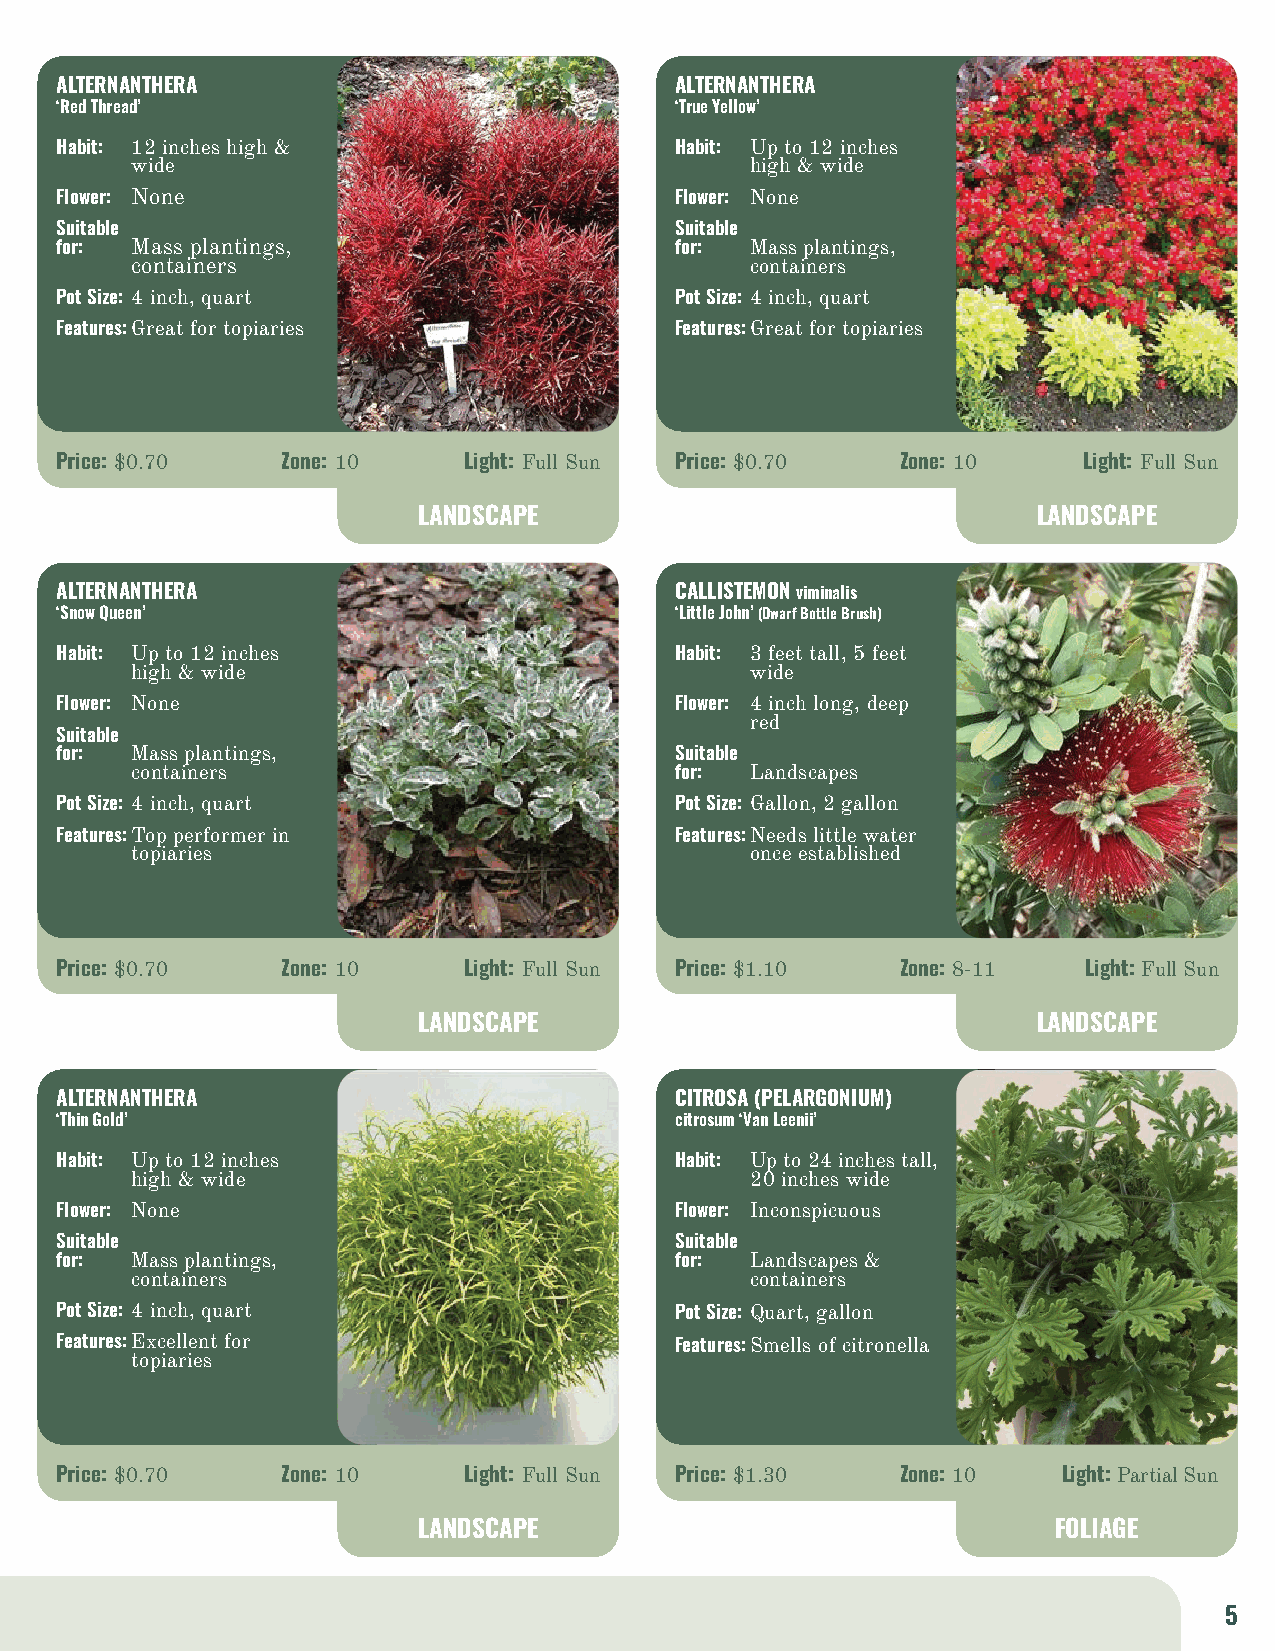
ALTERNANTHERA                            ALTERNANTHERA
 ‘Red Thread’                             ‘True Yellow’
 Habit: 12 inches high &                  Habit: Up to 12 inches
 wide                                     high & wide
 Flower: None                             Flower: None
 Suitable                                 Suitable
 for: Mass plantings,                     for: Mass plantings,
 containers                               containers
 Pot Size: 4 inch, quart                  Pot Size: 4 inch, quart
 Features: Great for topiaries            Features: Great for topiaries
 Price: $0.70   Zone: 10    Light: Full Sun Price: $0.70 Zone: 10    Light: Full Sun
 LANDSCAPE                                LANDSCAPE
 ALTERNANTHERA                            CALLISTEMON viminalis
 ‘Snow Queen’                             ‘Little John’ (Dwarf Bottle Brush)
 Habit: Up to 12 inches                   Habit: 3 feet tall, 5 feet
 high & wide                              wide
 Flower: None                             Flower: 4 inch long, deep
 red
 Suitable
 for: Mass plantings,                     Suitable
 containers                          for: Landscapes
 Pot Size: 4 inch, quart                  Pot Size: Gallon, 2 gallon
 Features: Top performer in               Features: Needs little water
 topiaries                                once established
 Price: $0.70   Zone: 10    Light: Full Sun Price: $1.10 Zone: 8-11  Light: Full Sun
 LANDSCAPE                                LANDSCAPE
 ALTERNANTHERA                            CITROSA (PELARGONIUM)
 ‘Thin Gold’                              citrosum ‘Van Leenii’
 Habit: Up to 12 inches                   Habit: Up to 24 inches tall,
 high & wide                              20 inches wide
 Flower: None                             Flower: Inconspicuous
 Suitable                                 Suitable
 for: Mass plantings,                     for: Landscapes &
 containers                               containers
 Pot Size: 4 inch, quart                  Pot Size: Quart, gallon
 Features: Excellent for                  Features: Smells of citronella
 topiaries
 Price: $0.70   Zone: 10    Light: Full Sun Price: $1.30 Zone: 10  Light: Partial Sun
 LANDSCAPE                                 FOLIAGE
 5